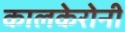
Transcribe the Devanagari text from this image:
कालकेरोनी